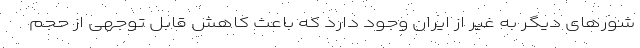
شورهای دیگر به غیر از ایران وجود دارد که باعث کاهش قابل توجهی از حجم